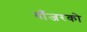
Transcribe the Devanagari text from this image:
गाँजरको